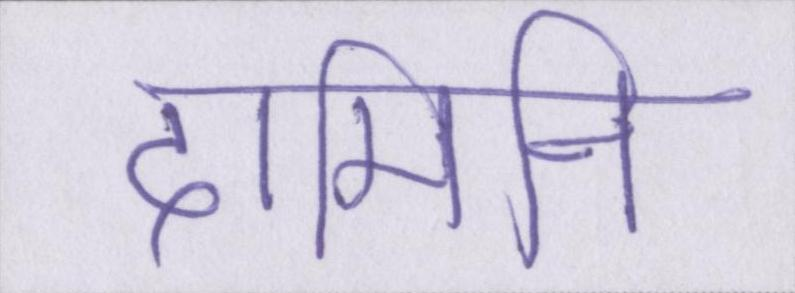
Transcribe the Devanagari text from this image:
दामिनी